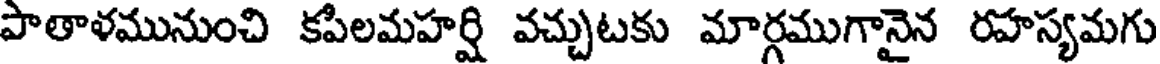
పాతాళమునుంచి కపిలమహర్షి వచ్చుటకు మార్గముగానైన రహస్యమగు